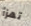
تهزأ